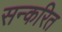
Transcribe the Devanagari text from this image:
सन्करित